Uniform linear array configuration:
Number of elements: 24
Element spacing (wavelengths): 0.75
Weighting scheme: binomial
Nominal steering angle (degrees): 15
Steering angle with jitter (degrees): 15.115
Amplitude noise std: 0.05
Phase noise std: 0.05

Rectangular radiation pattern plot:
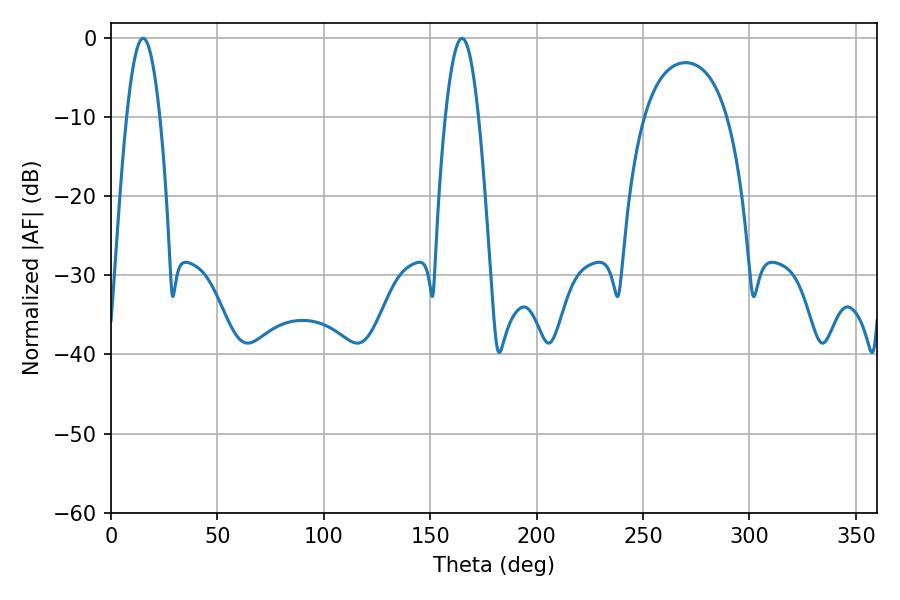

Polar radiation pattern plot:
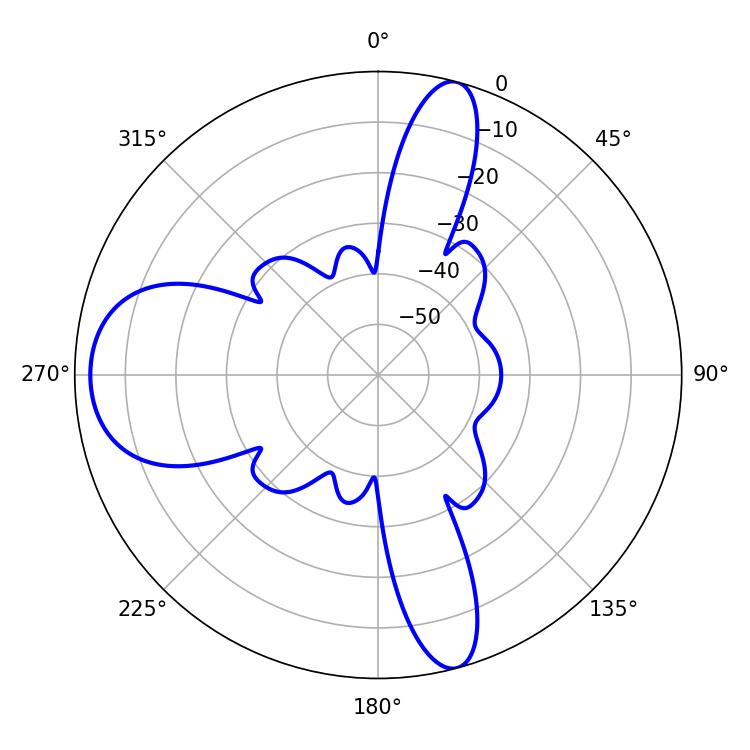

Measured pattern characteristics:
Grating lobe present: TRUE
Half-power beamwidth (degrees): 8.46
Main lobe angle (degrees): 15.12